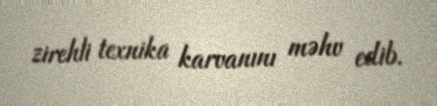
zirehli texnika karvanını məhv edib.